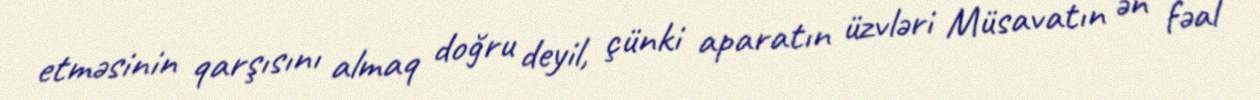
etməsinin qarşısını almaq doğru deyil, çünki aparatın üzvləri Müsavatın ən fəal